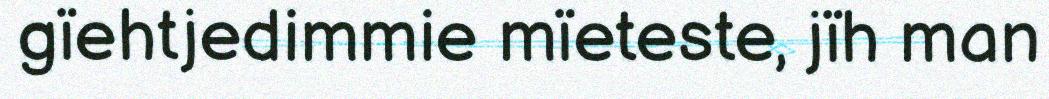
gïehtjedimmie mïeteste, jïh man